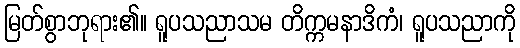
မြတ်စွာဘုရား၏။ ရူပသညာသမ တိက္ကမနာဒိကံ၊ ရူပသညာကို